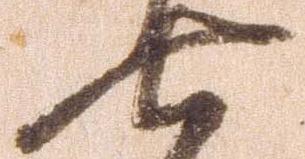
七